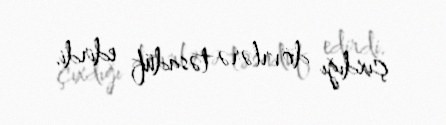
çıxdığı dövrlərə təsadüf edirdi.